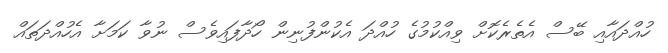
ހުއްދައާއި ބޭސް އެތެރެކޮށް ވިއްކުމުގެ ހުއްދަ އެކުންފުނިން ހޯދާފައިވެސް ނުވާ ކަމަށާ އެހުއްދަތައް